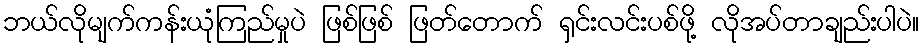
ဘယ်လိုမျက်ကန်းယုံကြည်မှုပဲ ဖြစ်ဖြစ် ဖြတ်တောက် ရှင်းလင်းပစ်ဖို့ လိုအပ်တာချည်းပါပဲ။